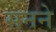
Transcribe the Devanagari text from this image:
सनने